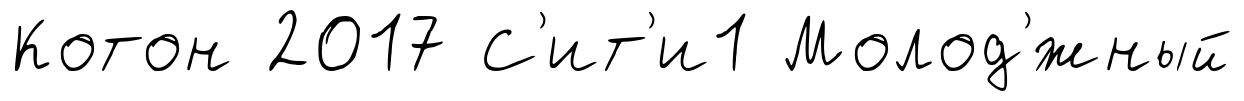
Котон 2017 С'ит'и1 Молод'́жный